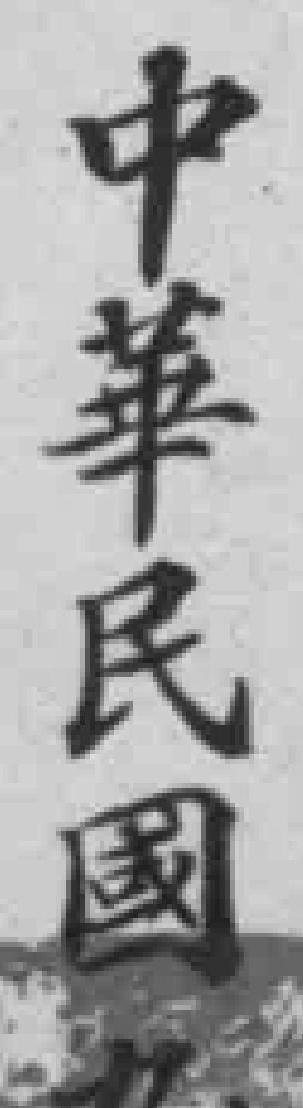
中華民國